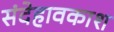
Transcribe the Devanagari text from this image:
संदेहावकाश